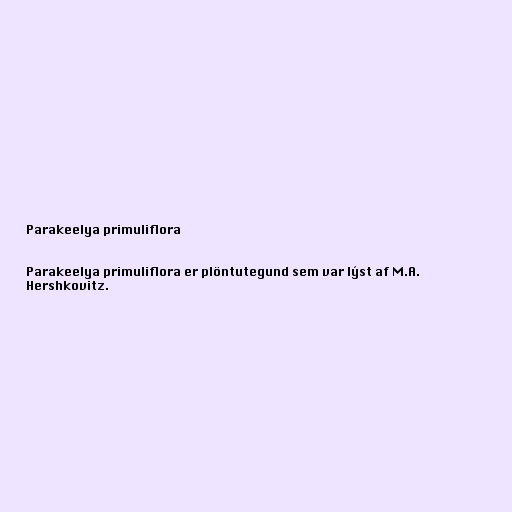
Parakeelya primuliflora

Parakeelya primuliflora er plöntutegund sem var lýst af M.A.
Hershkovitz.